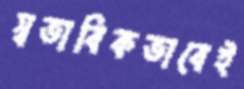
স্বভাবিকভাবেই